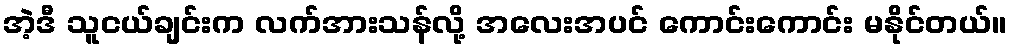
အဲ့ဒီ သူငယ်ချင်းက လက်အားသန်လို့ အလေးအပင် ကောင်းကောင်း မနိုင်တယ်။